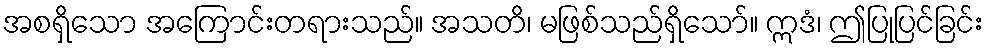
အစရှိသော အကြောင်းတရားသည်။ အသတိ၊ မဖြစ်သည်ရှိသော်။ ဣဒံ၊ ဤပြုပြင်ခြင်း